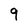
Character: 9